Madras plague regulations and rules for district municipalities and other towns and villages
Disease focus: Plague
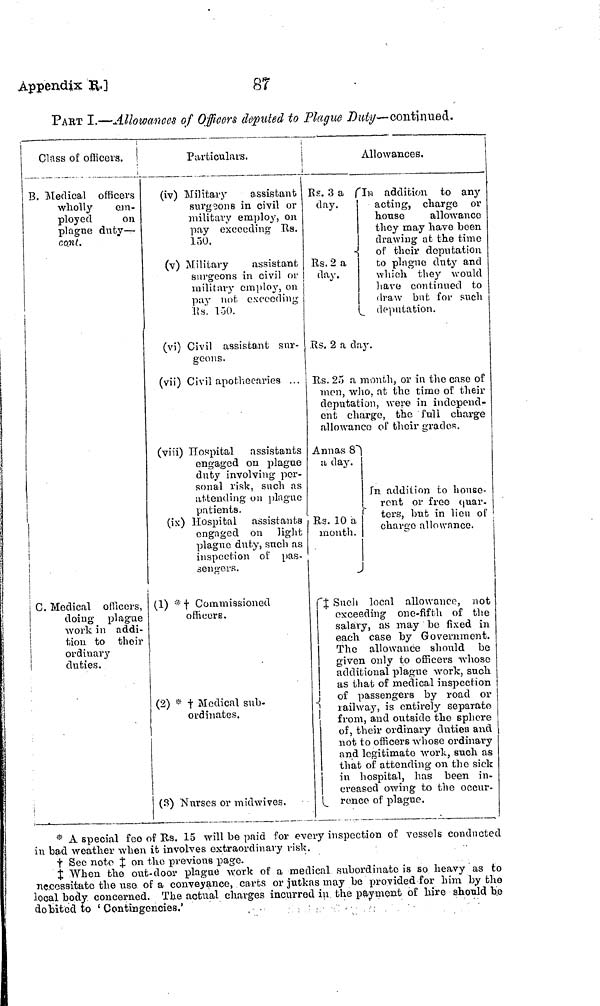
Appendix
R.]
87
PART I.—Allowances of Officers deputed to Plague Duty— continued.
Class of officers.
B. Medical officers
wholly
em-
ployed
on
plagne duty —
cont.
C, Medical officers,
doing plague
work in addi-
tion to their
ordinary
duties.
P articulais.
(iv) Military
assistant
surgeons in civil or
military employ, on
pay exceeding Rs.
150.
(v) Military
assistant
surgeons in civil or
military employ, on
pay not exceeding
Rs. 150.
(vi) Civil assistant sur-
geons.
(vii) Civil apothecaries ...
(viii) Hospital assistants
engaged on plague
duty involving per-
sonal risk, such as
attending on plague
patients.
(ix) Hospital assistants
engaged on light
plague dnty, such as
inspection of pas-
sen gor s .
(1) * † Commissioned
officers.
(2) * † Medical sub-
o rdinates
(3) Nurses or m idwives.
Allowances.
Rs. 3 a
day.
«
Us. 2 a
day.
(
(In addition to any
acting, charge or
house
allowance
they may have been
drawing at the time
of their deputation
to plague duty and
which they would
have continued to
draw but for such
deputation.
Rs. 2 a day.
Rs. 25 a month, or in the case of
men, who, at the time of their
deputation, were in independ-
ent charge, the full charge
allowance of their grades.
Annas 8
a day.
Rs. 10 a
month.
In addition to house-
rent or free quar-
ters, but in lien of
charge
allowance.
‡ Such local allowance, not
exceeding one-fifth of the
salary, as may be fixed in
each case by Government.
The allowance should be
given only to officer's whose
additional plague work, such
as that of medical inspection
of passengers by road or
lailway, is entirely separate
from, and outside the sphere
of, their ordinary duties and
not to officers whose ordinary
and legitimate work, such as
that of attending on the sick
in hospital, has been in-
creased owing to the occur-
rence of plague.
* A special fco of Rs. 15 will be paid for every inspection of vessels conducted
in bad weather when it involves extraordinary risk.
† See note ‡ on the previous page.
‡ When the out-door plague work of a medical subordinate is so heavy as to
necessitate the use of a conveyance, carts or jutkas may be provided for him by the
local body concerned. The actual charges incurred in the payment of hire should be
debited to 'Contingencies,'
.
,